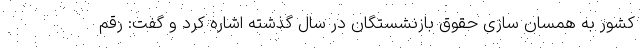
کشور به همسان سازی حقوق بازنشستگان در سال گذشته اشاره کرد و گفت: رقم